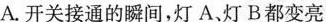
A、开关接通的瞬间灯A,灯B都变亮